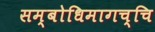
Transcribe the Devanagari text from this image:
सम्बोधिमागच्चि